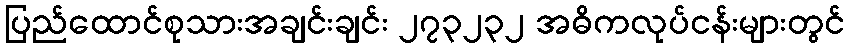
ပြည်ထောင်စုသားအချင်းချင်း ၂၇၃၂၃၂ အဓိကလုပ်ငန်းများတွင်